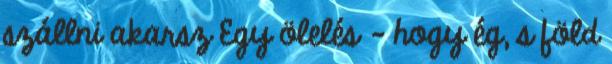
szállni akarsz Egy ölelés - hogy ég, s föld